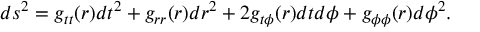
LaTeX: d s ^ { 2 } = g _ { t t } ( r ) d t ^ { 2 } + g _ { r r } ( r ) d r ^ { 2 } + 2 g _ { t \phi } ( r ) d t d \phi + g _ { \phi \phi } ( r ) d \phi ^ { 2 } .